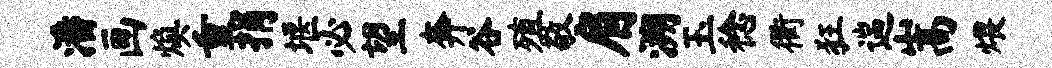
潘画焕重捐堰必望奔谷殖敬肩溯玉稔衢狂遄嵩煨